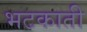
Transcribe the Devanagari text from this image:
भटकाती